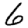
Digit: 6